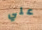
علي